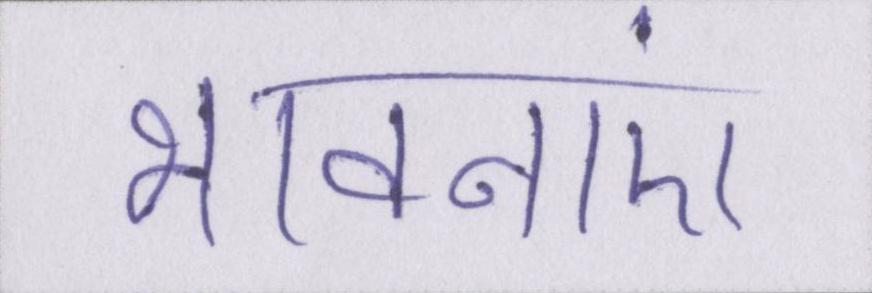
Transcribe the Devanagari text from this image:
भावनाएं